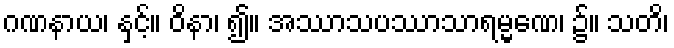
ဂဏနာယ၊ နှင့်။ ဝိနာ၊ ၍။ အဿာသပဿာသာရမ္မဏေ၊ ၌။ သတိ၊